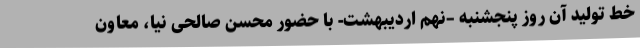
خط تولید آن روز پنجشنبه –نهم اردیبهشت- با حضور محسن صالحی نیا، معاون